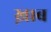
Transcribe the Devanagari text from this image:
ख़ाब